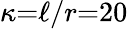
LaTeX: \kappa{=}\ell/r{=}20